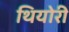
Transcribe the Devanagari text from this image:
थियोरी